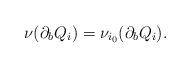
LaTeX: \begin{align*}\nu(\partial_{b}Q_i)=\nu_{i_0}(\partial_{b}Q_i).\end{align*}